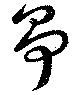
爭